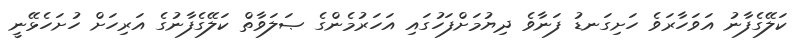
ކަލޭގެފާނު އަވަހާރަވެ ހަށިގަނޑު ފަނާވެ ދިޔުމަށްފަހުގައި އަހަރުމެންގެ ޞަލަވާތް ކަލޭގެފާނުގެ އަރިހަށް ހުށަހެޅޭނީ